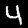
Digit: 4